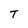
Character: T